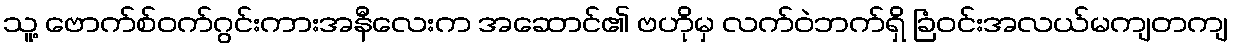
သူ့ ဗောက်စ်ဝက်ဂွင်းကားအနီလေးက အဆောင်၏ ဗဟိုမှ လက်ဝဲဘက်ရှိ ခြံဝင်းအလယ်မကျတကျ